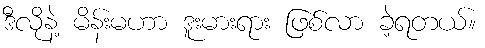
ဒီလိုနဲ့ မိန်းမဟာ ဒူးမားရား ဖြစ်လာ ခဲ့ရတယ်။